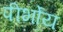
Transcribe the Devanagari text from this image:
पीर्भोय